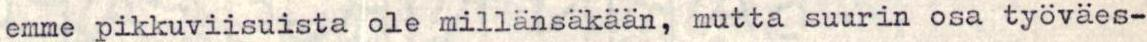
emme pikkuviisuista ole millänsäkään, mutta suurin osa työväes-